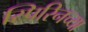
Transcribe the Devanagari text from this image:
स्पिरिनच्या